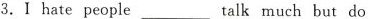
3. I hate people ___ talk much but do